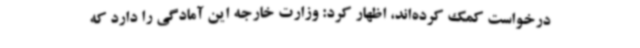
درخواست کمک کرده‌اند، اظهار کرد: وزارت خارجه این آمادگی را دارد که